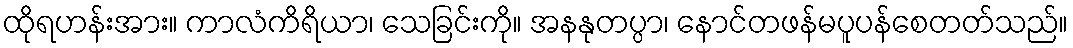
ထိုရဟန်းအား။ ကာလံကိရိယာ၊ သေခြင်းကို။ အနနုတပ္ပာ၊ နောင်တဖန်မပူပန်စေတတ်သည်။